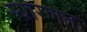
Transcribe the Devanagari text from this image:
स्धारणतः